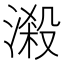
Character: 𣻑